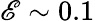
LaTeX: \mathscr{E}\sim0.1